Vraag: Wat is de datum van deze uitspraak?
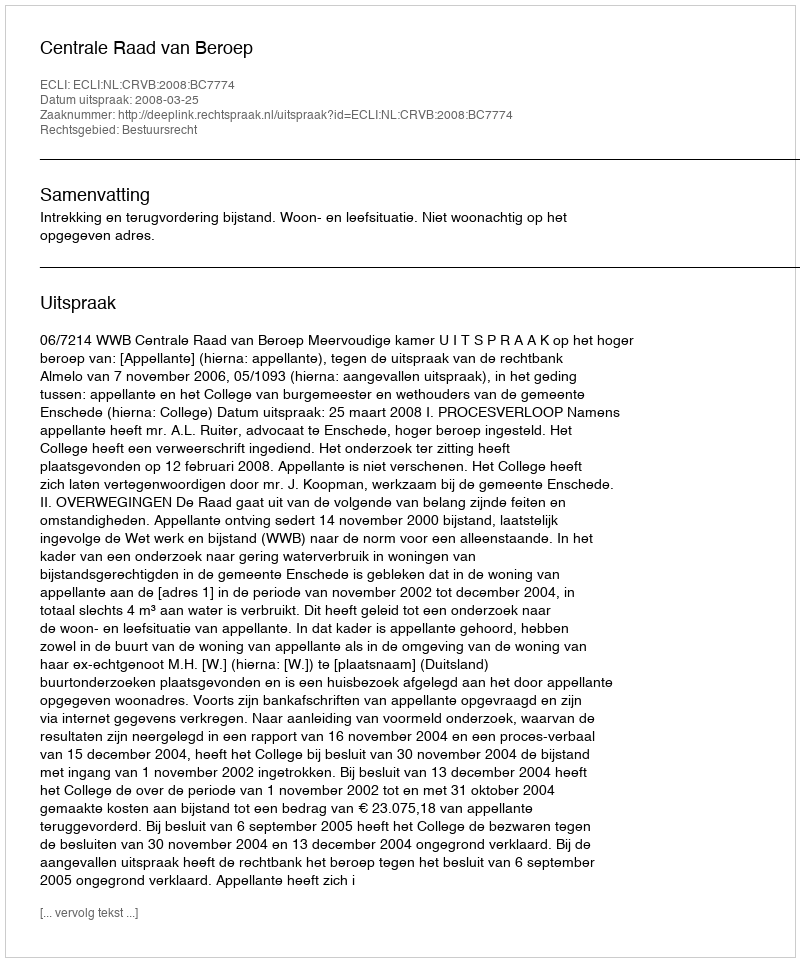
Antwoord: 2008-03-25